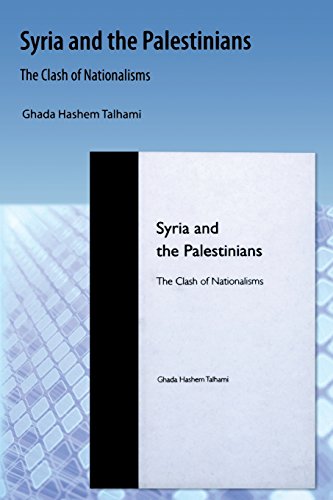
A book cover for Syria and the Palestinians: The Clash of Nationalisms; Ghada H. Talhami; History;